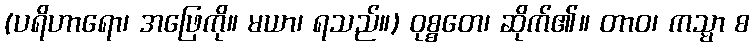
(ပရိဟာရော၊ အဖြေကို။ မယာ၊ ရသည်။) ဝုစ္စတေ၊ ဆိုက်၏။ တာဝ၊ ကသ္မာ စ